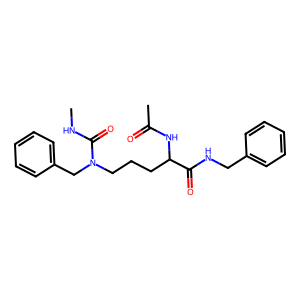
SMILES: CNC(=O)N(CCCC(NC(C)=O)C(=O)NCc1ccccc1)Cc1ccccc1
Inhibits HIV replication: No